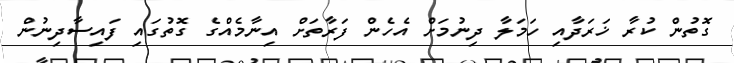
ގޮތުން ކުރާ ޚަރަދާއި ހަމަލާ ދިނުމަށް އެހެން ފަރާތަށް އިނާމެއްގެ ގޮތުގައި ފައިސާދިނުން